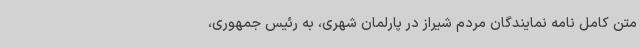
متن کامل نامه نمایندگان مردم شیراز در پارلمان شهری، به رئیس جمهوری،